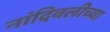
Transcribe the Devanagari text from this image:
नांदिवलीच्या